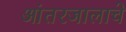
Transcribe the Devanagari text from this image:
आंतरजालाचे